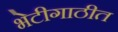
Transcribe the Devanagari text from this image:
भेटीगाठीत